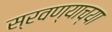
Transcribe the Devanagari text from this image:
स्रवण्याच्या